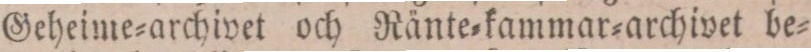
Geheime=archivet och Ränte=kammar=archivet be=